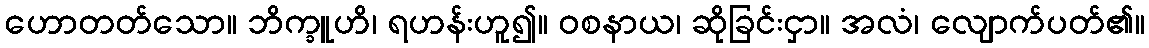
ဟောတတ်သော။ ဘိက္ခူဟိ၊ ရဟန်းဟူ၍။ ဝစနာယ၊ ဆိုခြင်းငှာ။ အလံ၊ လျောက်ပတ်၏။